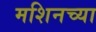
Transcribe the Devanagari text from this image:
मशिनच्या